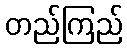
တည်ကြည်